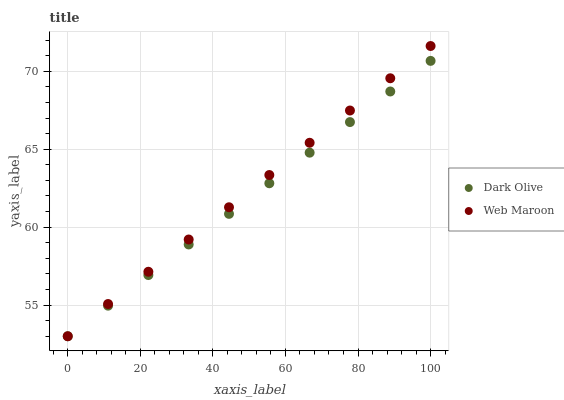
| xaxis_label | Dark Olive | Web Maroon |
 | --- | --- | --- |
 | 0 | 53 | 53 |
 | 11.1 | 55 | 55.1 |
 | 22.2 | 56.9 | 57.1 |
 | 33.3 | 58.9 | 59.2 |
 | 44.4 | 60.9 | 61.3 |
 | 55.6 | 62.8 | 63.3 |
 | 66.7 | 64.8 | 65.4 |
 | 77.8 | 66.7 | 67.5 |
 | 88.9 | 68.7 | 69.6 |
 | 100 | 70.7 | 71.6 |